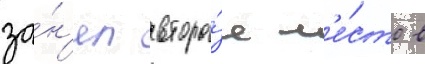
за́н'ял второ́е м'е́сто в